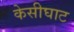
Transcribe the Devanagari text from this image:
केसीघाट